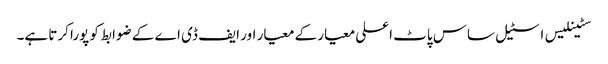
سٹینلیس اسٹیل ساس پاٹ اعلی معیار کے معیار اور ایف ڈی اے کے ضوابط کو پورا کرتا ہے۔